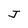
Character: J